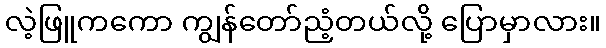
လဲ့ဖြူကကော ကျွန်တော်ညံ့တယ်လို့ ပြောမှာလား။